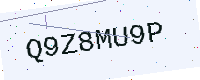
Text: Q9Z8MU9P